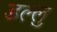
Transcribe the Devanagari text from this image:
डल्लु